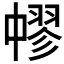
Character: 𦑬